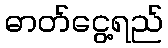
ဓာတ်ငွေ့ရည်